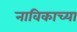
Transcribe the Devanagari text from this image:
नाविकाच्या